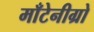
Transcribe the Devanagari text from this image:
माँटेनीग्रो